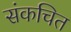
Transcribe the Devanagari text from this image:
संकचित